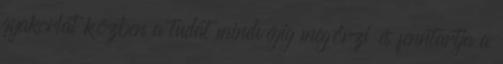
gyakorlat közben a tudat mindvégig megőrzi és fenntartja a